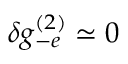
\delta g _ { - e } ^ { ( 2 ) } \simeq 0